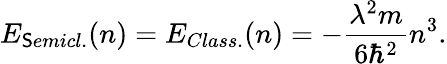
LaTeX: E_{\mathsf{S}emicl.}(n)=E_{Class.}(n)=-{\frac{{\lambda^{2}m}}{{6\hbar^{2}}}}n^{3}.